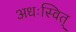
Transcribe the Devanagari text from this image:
अधःस्वित्